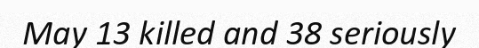
May 13 killed and 38 seriously